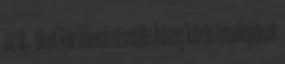
az őt őket körülvevő szociális közeg közös munkájának